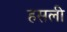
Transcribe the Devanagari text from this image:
हसली